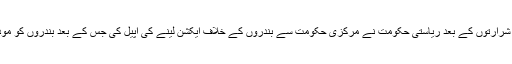
بندروں کی حد سے بڑھتی شرارتوں کے بعد ریاستی حکومت نے مرکزی حکومت سے بندروں کے خلاف ایکشن لینے کی اپیل کی جس کے بعد بندروں کو موذی جانور قرار دے دیا گیا۔